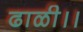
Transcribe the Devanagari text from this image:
ढाळी।।